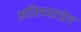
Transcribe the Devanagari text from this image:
अंतिमयात्रेत